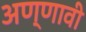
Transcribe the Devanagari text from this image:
अण्णावी